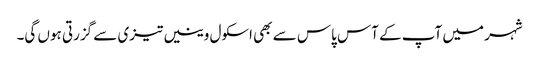
شہر میں آپ کے آس پاس سے بھی اسکول وینیں تیزی سے گزرتی ہوں گی۔